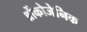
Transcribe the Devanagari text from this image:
ब्रोंकोजेनिक